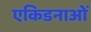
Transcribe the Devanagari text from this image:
एकिडनाओं